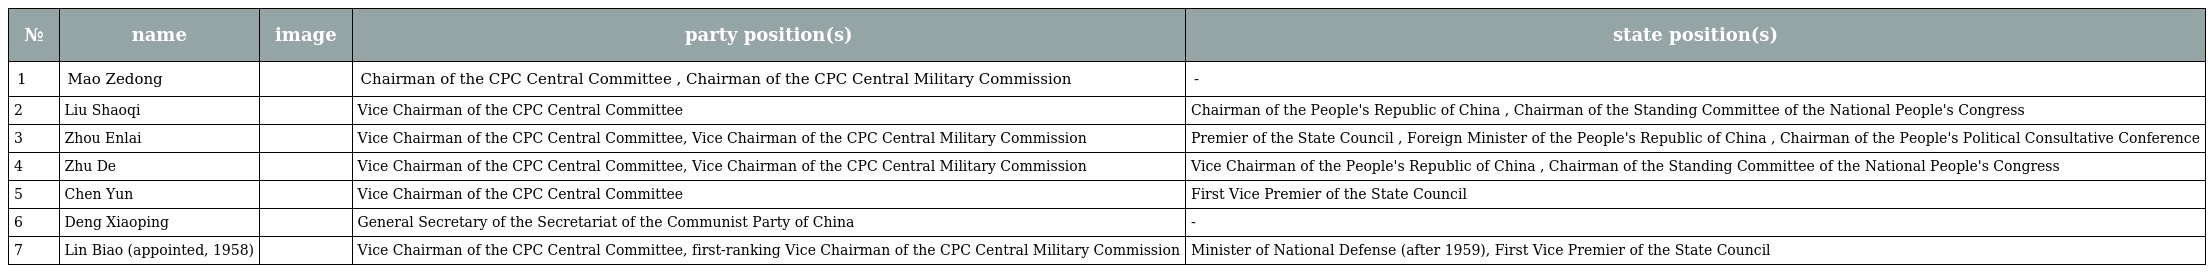
| № | name | image | party position(s) | state position(s) |
 | --- | --- | --- | --- | --- |
 | 1 | Mao Zedong |  | Chairman of the CPC Central Committee , Chairman of the CPC Central Military Commission | - |
 | 2 | Liu Shaoqi |  | Vice Chairman of the CPC Central Committee | Chairman of the People's Republic of China , Chairman of the Standing Committee of the National People's Congress |
 | 3 | Zhou Enlai |  | Vice Chairman of the CPC Central Committee, Vice Chairman of the CPC Central Military Commission | Premier of the State Council , Foreign Minister of the People's Republic of China , Chairman of the People's Political Consultative Conference |
 | 4 | Zhu De |  | Vice Chairman of the CPC Central Committee, Vice Chairman of the CPC Central Military Commission | Vice Chairman of the People's Republic of China , Chairman of the Standing Committee of the National People's Congress |
 | 5 | Chen Yun |  | Vice Chairman of the CPC Central Committee | First Vice Premier of the State Council |
 | 6 | Deng Xiaoping |  | General Secretary of the Secretariat of the Communist Party of China | - |
 | 7 | Lin Biao (appointed, 1958) |  | Vice Chairman of the CPC Central Committee, first-ranking Vice Chairman of the CPC Central Military Commission | Minister of National Defense (after 1959), First Vice Premier of the State Council |